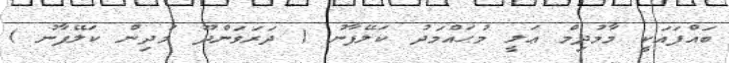
ބައްޕައަކީ މާމުދިމް ޢަލީ މުޙައްމަދު ކަލޭފާނު ( ދަރަވަންދޫ މުދިން ކަލޭފާނު )